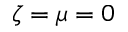
\zeta = \mu = 0